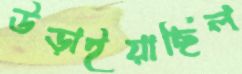
উড়াইয়াছিল